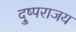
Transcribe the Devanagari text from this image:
दु्ष्पराजय